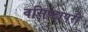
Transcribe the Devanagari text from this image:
वसिष्ठापरी